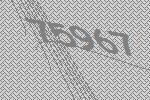
75967